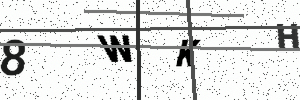
Text: 8WKH